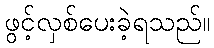
ဖွင့်လှစ်ပေးခဲ့ရသည်။